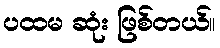
ပထမ ဆုံး ဖြစ်တယ်။